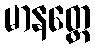
မာနတ္ထေ